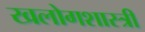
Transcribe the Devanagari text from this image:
खलोगशास्त्री